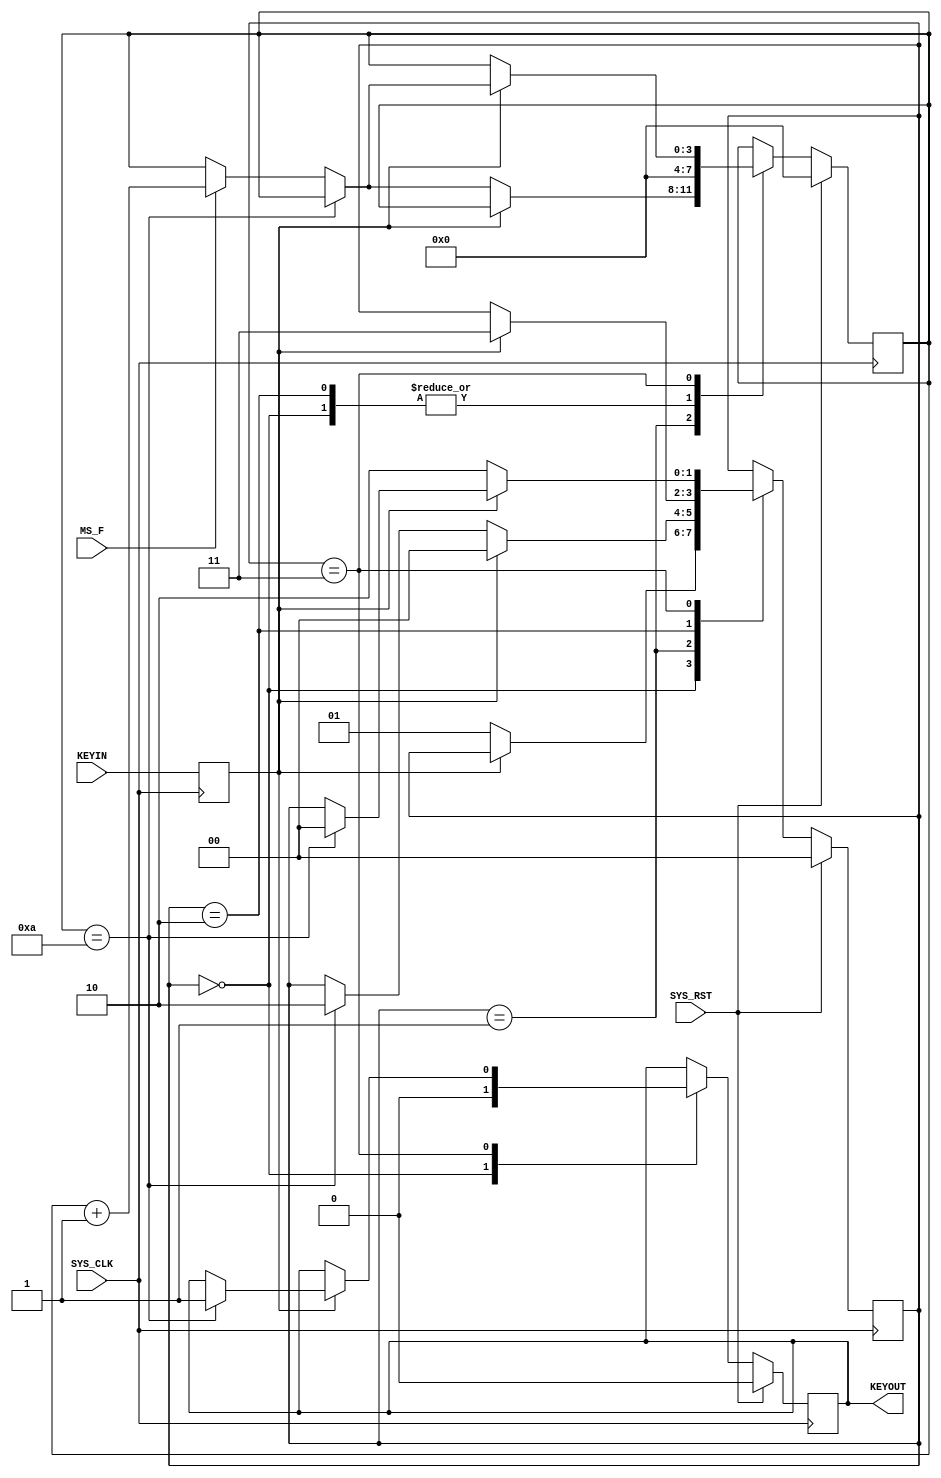
`timescale 1ns / 1ps
//////////////////////////////////////////////////////////////////////////////////
// Company: 
// Engineer: 
// 
// Design Name: 
// Module Name: pb_ve
// Project Name: 
// Target Devices: 
// Tool Versions: 
// Description: 
// 
// Dependencies: 
// 
// Revision:
// Revision 0.01 - File Created
// Additional Comments:
// 
//////////////////////////////////////////////////////////////////////////////////


module pb_ve
(
	input	SYS_CLK,
	input	SYS_RST,
	input	MS_F,
	input	KEYIN,
	output	KEYOUT
); 
reg	KEYIN_r;
reg	keyout_r;
//push_button vibrating elemination
reg	[1:0]	ve_key_st;
reg	[3:0]	ve_key_count;

always @ (posedge SYS_CLK)
	KEYIN_r <= KEYIN;

always @ (posedge SYS_CLK)
	if (SYS_RST)
	begin
		keyout_r <= 1'b0;
        ve_key_count <= 0;
		ve_key_st <= 0;
    end
	else
	case (ve_key_st)
		0:
		begin
			keyout_r <= 1'b0;
			ve_key_count <= 0;
			if (!KEYIN_r)
				ve_key_st <= 1;
		end
		1:
		begin
			if (KEYIN_r)
				ve_key_st <= 0;
			else
			begin
				if (ve_key_count == 10)
					ve_key_st <= 2;
				else if (MS_F)
					ve_key_count <= ve_key_count + 1;
			end    
        end  
    	2:
		begin
			ve_key_count <= 0;
			if (KEYIN_r)
				ve_key_st <= 3;
		end  
		3:
		begin
			if (!KEYIN_r)
				ve_key_st <= 2;
			else
			begin
				if (ve_key_count == 10)
				begin
					ve_key_st <= 0;
					keyout_r <= 1'b1;
				end
				else if (MS_F)
					ve_key_count <= ve_key_count + 1;                 
			end    
		end      
		default:
			ve_key_st <= 0;
	endcase
	
assign KEYOUT = keyout_r;

endmodule